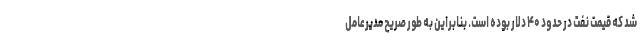
شد که قیمت نفت در حدود ۴۰ دلار بوده است. بنابراین به طور صریح مدیرعامل